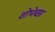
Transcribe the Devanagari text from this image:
शोभेच्छा